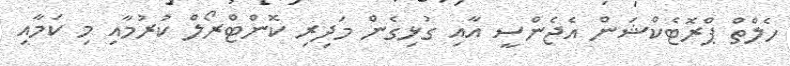
ހެލްތް ޕްރޮޓެކްޝަން އެޖެންސީ އާއި ގުޅިގެން މަދިރި ކޮންޓްރޯލް ކުރުމާއި މި ކަމާއި